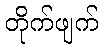
တိုက်ဖျက်